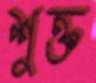
শুক্ত